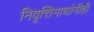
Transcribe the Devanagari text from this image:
निवृत्तिनाथांनीही